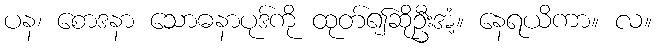
ပန၊ စောဒနာ သောဓနာပုဒ်ကို ထုတ်၍ဆိုဦးအံ့။ နေရယိကာ။ လ။